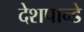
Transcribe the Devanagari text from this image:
देशपान्डे